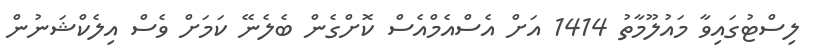
ލިސްޓުގައިވާ މައުލޫމާތު 1414 އަށް އެސްއެމްއެސް ކޮށްގެން ބެލެނޭ ކަމަށް ވެސް އިލެކްޝަނުން